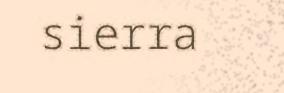
sierra